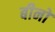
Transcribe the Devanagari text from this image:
बीनों